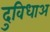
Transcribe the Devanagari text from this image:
दुविधाअ